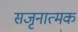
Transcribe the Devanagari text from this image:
सजृनात्मक